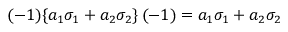
( - 1 ) \{ a _ { 1 } \sigma _ { 1 } + a _ { 2 } \sigma _ { 2 } \} \, ( - 1 ) = a _ { 1 } \sigma _ { 1 } + a _ { 2 } \sigma _ { 2 }